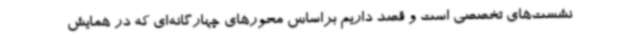
نشست‌های تخصصی است و قصد داریم براساس محورهای چهارگانه‌ای که در همایش